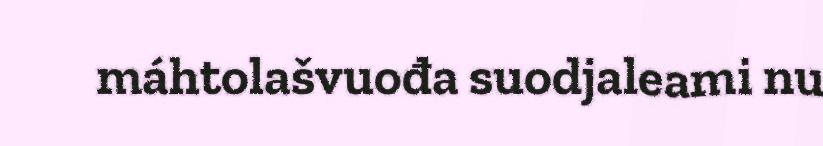
máhtolašvuođa suodjaleami nu